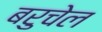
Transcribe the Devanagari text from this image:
बरुचेल